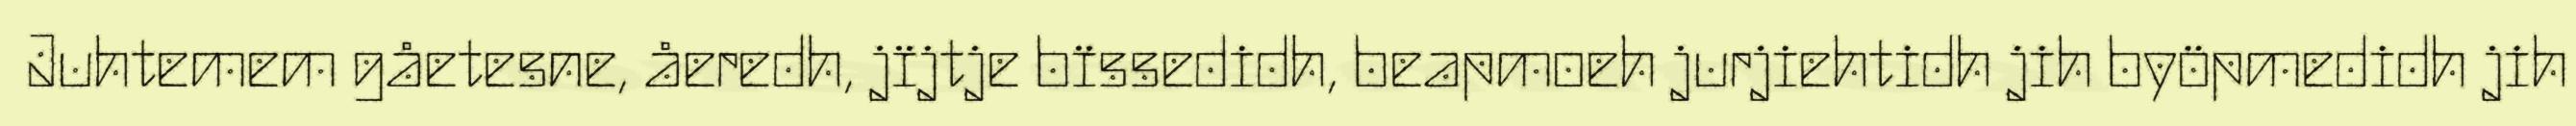
Juhtemem gåetesne, åeredh, jïjtje bïssedidh, beapmoeh jurjiehtidh jih byöpmedidh jih